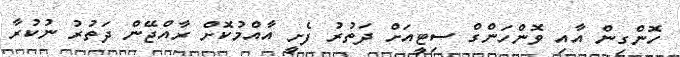
ހޮންގިން އާއި ވޮންހަންގް ސިޓީއަށް ދަތުރު ފެށީ އާއްމުކޮށް ރާއްޖޭން ދަތުރު ނުކުރާ